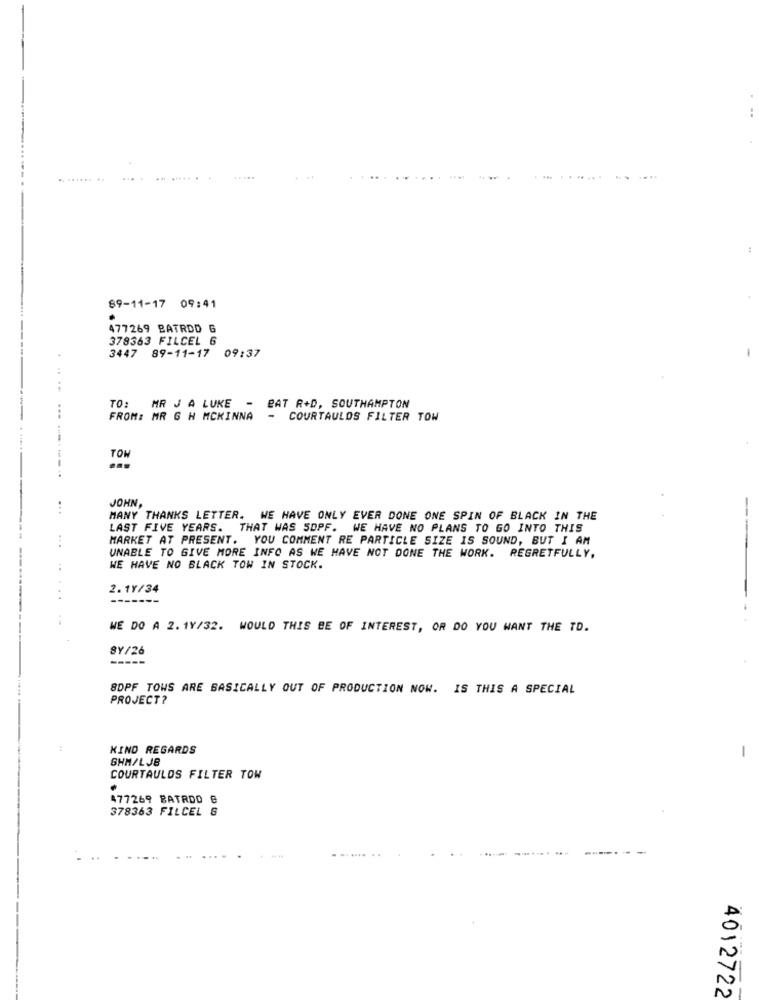
.. ...... ..
..... .
.....
89-11-17 09:41
477269 BATRDD G
378363 FILCEL 6
3447 89-11-17 09:37
TO: MR J A LUKE -
BAT R+D, SOUTHAMPTON
FROM: MR G H MCKINNA
- COURTAULOS FILTER TOW
TOW
JOHN,
..
MANY THANKS LETTER. WE HAVE ONLY EVER DONE ONE SPIN OF BLACK IN THE
LAST FIVE YEARS. THAT WAS SOPF. WE HAVE NO PLANS TO GO INTO THIS
MARKET AT PRESENT. YOU COMMENT RE PARTICLE SIZE IS SOUND, BUT I AM
UNABLE TO GIVE MORE INFO AS WE HAVE NOT DONE THE WORK. REGRETFULLY,
WE HAVE NO BLACK TOW IN STOCK.
2.1Y/34
..
-----
WE DO A 2. 1Y/32. WOULD THIS BE OF INTEREST, OR DO YOU WANT THE TD.
8Y/26
8DPF TOWS ARE BASICALLY OUT OF PRODUCTION NOW. IS THIS A SPECIAL
PROJECT?
KIND REGARDS
SHM/LJB
-
COURTAULDS FILTER TOW
.
477269 BATADO B
378363 FILCEL &
4012722